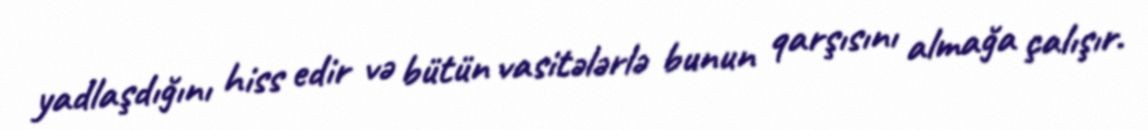
yadlaşdığını hiss edir və bütün vasitələrlə bunun qarşısını almağa çalışır.